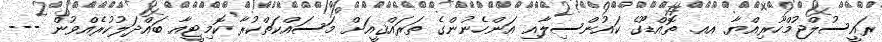
ރައީސުލްޖުމްހޫރިއްޔާ އއ. ތޮއްޑޫގެ ކައުންސިލާއި އަންހެނުންގެ ތަރައްޤީއަށް މަސައްކަތްކުރާ ކޮމިޓީއާ ބައްދަލުކުރެއްވުން ---